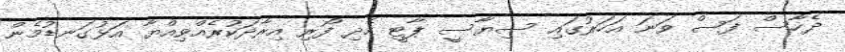
ދެހާސް ފަސް ވަނަ އަހަރުގައި ސިޔާސީ ޕާޓީ ހެދި ފޯރި އިރާދަކުރެއްވިއްޔާ އަޅުގަނޑުމެން